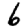
Digit: 6